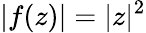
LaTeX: |f(z)|=|z|^{2}